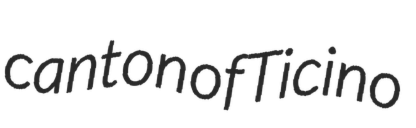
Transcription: canton of Ticino